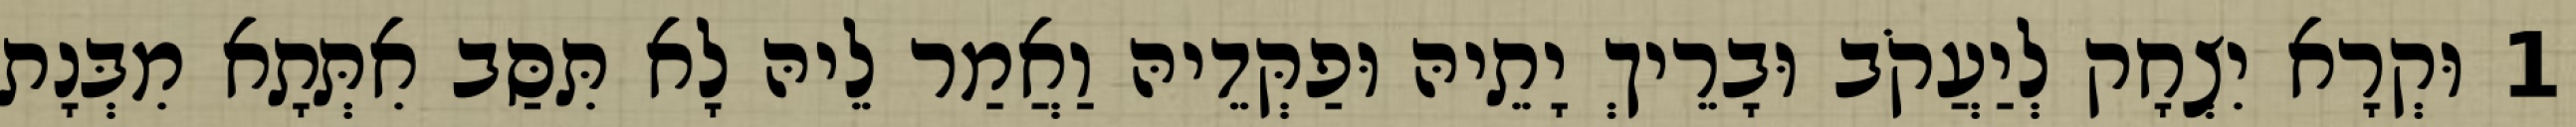
1 וּקְרָא יִצְחָק לְיַעֲקֹב וּבָרֵיךְ יָתֵיהּ וּפַקְּדֵיהּ וַאֲמַר לֵיהּ לָא תִּסַּב אִתְּתָא מִבְּנָת